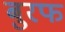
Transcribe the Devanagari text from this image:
बुरफ